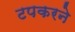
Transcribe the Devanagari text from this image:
टपकरने